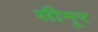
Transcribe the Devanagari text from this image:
सीमूर